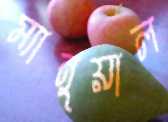
ম্যানুয়াল